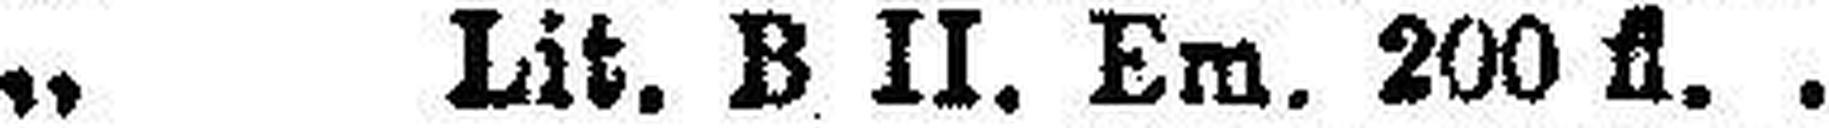
„ Lit. B II. Em. 200 fl.